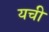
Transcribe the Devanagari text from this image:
यची